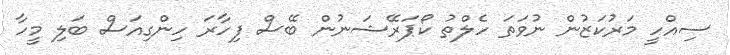
ސިއްހީ މަރުކަޒުން ނުވަތަ ހެލްތު ކޯޕަރޭޝަނުން ބޭސް ފިހާރަ ހިންގިއަސް ބަލި މީހާ